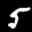
Label: 5